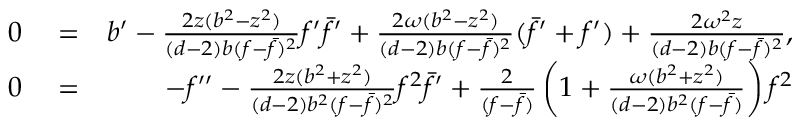
\begin{array} { r l r } { 0 } & { { } = } & { b ^ { \prime } - { \frac { 2 z ( b ^ { 2 } - z ^ { 2 } ) } { ( d - 2 ) b ( f - \bar { f } ) ^ { 2 } } } f ^ { \prime } \bar { f } ^ { \prime } + { \frac { 2 \omega ( b ^ { 2 } - z ^ { 2 } ) } { ( d - 2 ) b ( f - \bar { f } ) ^ { 2 } } } ( \bar { f } ^ { \prime } + f ^ { \prime } ) + { \frac { 2 \omega ^ { 2 } z } { ( d - 2 ) b ( f - \bar { f } ) ^ { 2 } } } , } \\ { 0 } & { { } = } & { - f ^ { \prime \prime } - { \frac { 2 z ( b ^ { 2 } + z ^ { 2 } ) } { ( d - 2 ) b ^ { 2 } ( f - \bar { f } ) ^ { 2 } } } f ^ { 2 } \bar { f } ^ { \prime } + { \frac { 2 } { ( f - \bar { f } ) } } \left( 1 + { \frac { \omega ( b ^ { 2 } + z ^ { 2 } ) } { ( d - 2 ) b ^ { 2 } ( f - \bar { f } ) } } \right) f ^ { 2 } } \end{array}